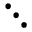
\ddots